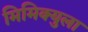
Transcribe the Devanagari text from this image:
मिमिक्युला